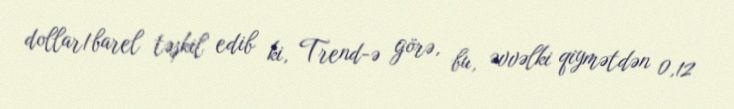
dollar/barel təşkil edib ki, Trend-ə görə, bu, əvvəlki qiymətdən 0,12